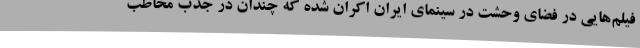
فیلم‌هایی در فضای وحشت در سینمای ایران اکران شده که چندان در جذب مخاطب